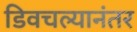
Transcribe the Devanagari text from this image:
डिवचल्यानंतर